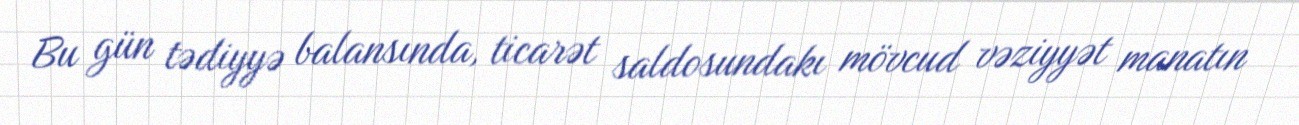
Bu gün tədiyyə balansında, ticarət saldosundakı mövcud vəziyyət manatın